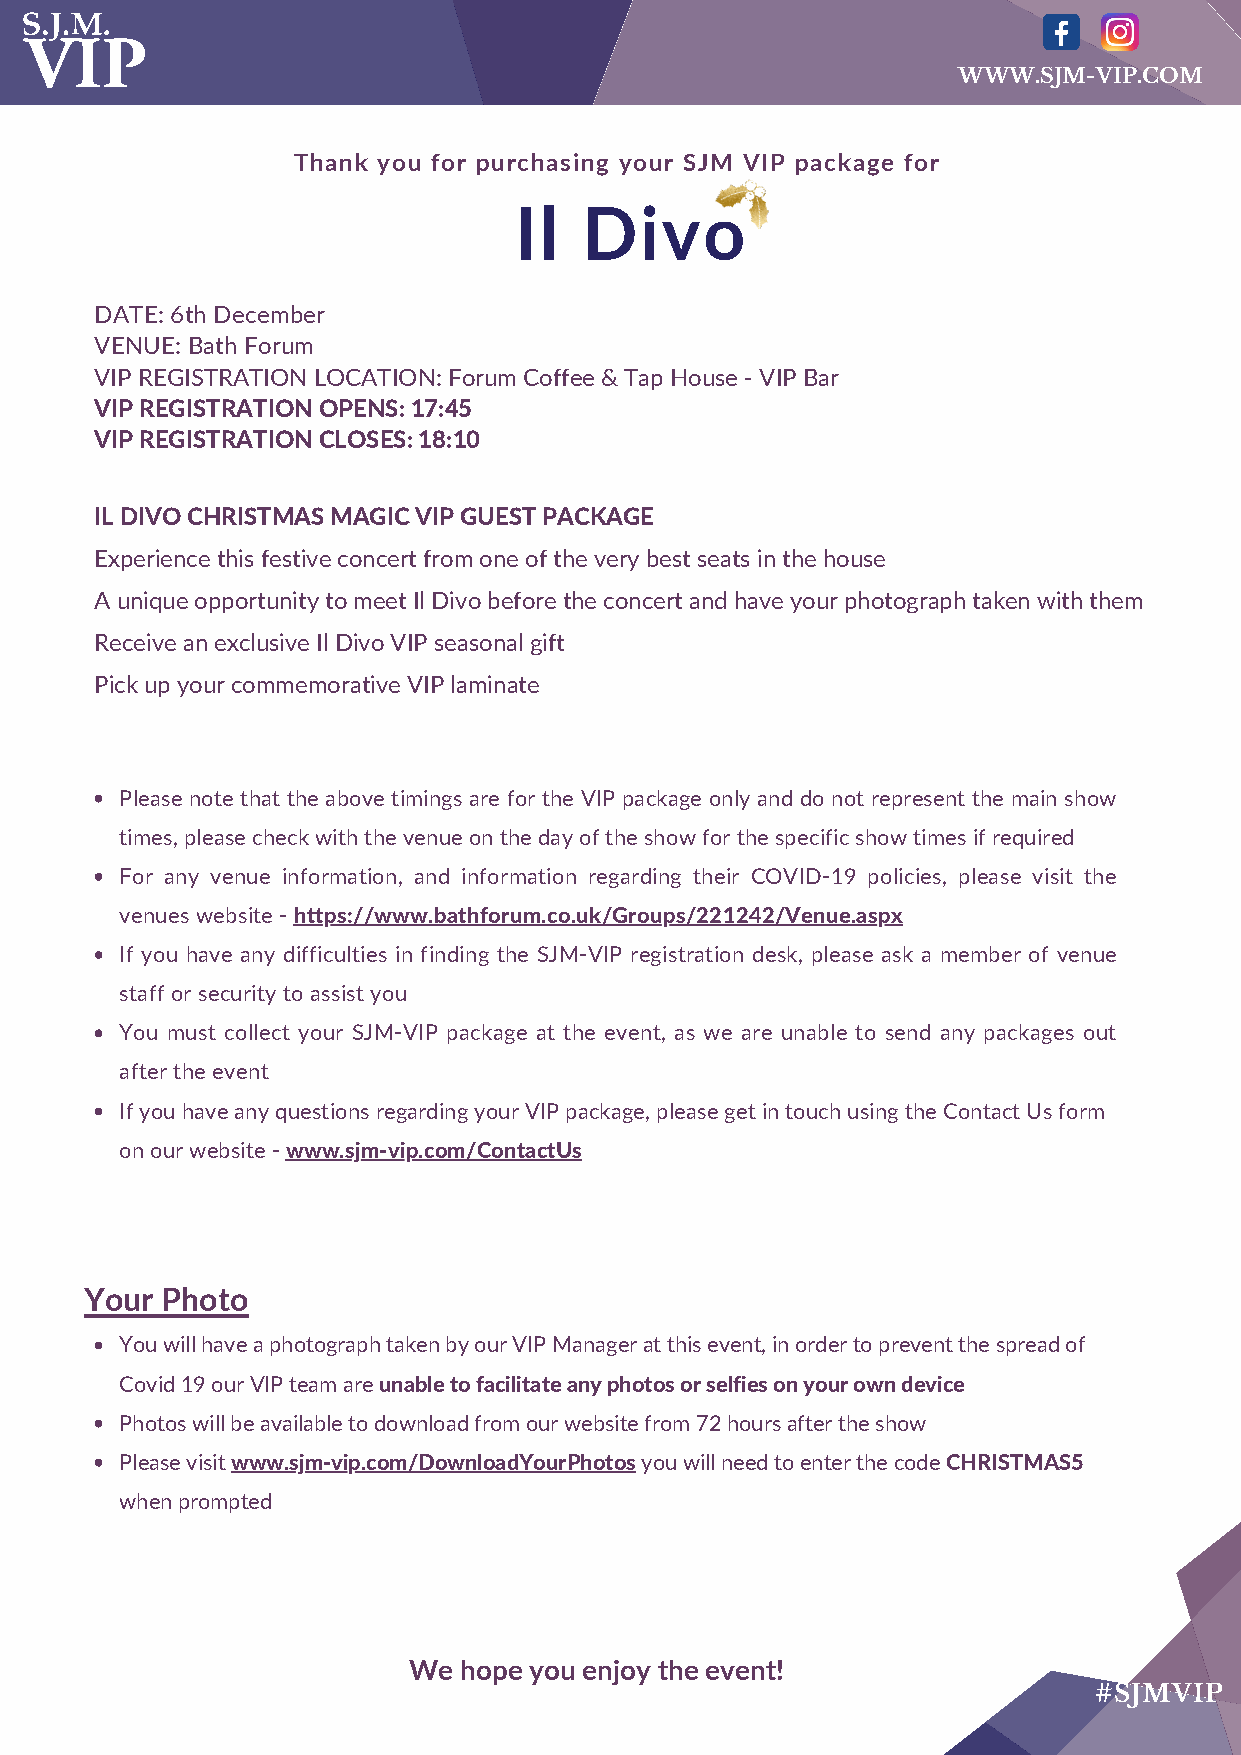
WWW.SJM-VIP.COM
 Thank you for purchasing your SJM VIP package for
 Il   Divo
 DATE: 6th December
 VENUE: Bath Forum
 VIP REGISTRATION LOCATION: Forum Coffee & Tap House - VIP Bar
 VIP REGISTRATION OPENS: 17:45
 VIP REGISTRATION CLOSES: 18:10
 IL DIVO CHRISTMAS MAGIC VIP GUEST PACKAGE
 Experience this festive concert from one of the very best seats in the house
 A unique opportunity to meet Il Divo before the concert and have your photograph taken with them
 Receive an exclusive Il Divo VIP seasonal gift
 Pick up your commemorative VIP laminate
 Please note that the above timings are for the VIP package only and do not represent the main show
 times, please check with the venue on the day of the show for the specific show times if required
 For any venue information, and information regarding their COVID-19 policies, please visit the
 venues website - https://www.bathforum.co.uk/Groups/221242/Venue.aspx
 If you have any difficulties in finding the SJM-VIP registration desk, please ask a member of venue
 staff or security to assist you
 You must collect your SJM-VIP package at the event, as we are unable to send any packages out
 after the event
 If you have any questions regarding your VIP package, please get in touch using the Contact Us form
 on our website - www.sjm-vip.com/ContactUs
 Your Photo
 You will have a photograph taken by our VIP Manager at this event, in order to prevent the spread of
 Covid 19 our VIP team are unable to facilitate any photos or selfies on your own device
 Photos will be available to download from our website from 72 hours after the show
 Please visit www.sjm-vip.com/DownloadYourPhotos you will need to enter the code CHRISTMAS5
 when prompted
 We hope you enjoy the event!
 #SJMVIP